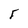
Character: F